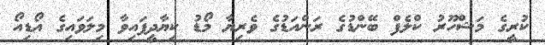
ކުރީގެ މަޝްހޫރު ކްލެފް ބޭންޑުގެ ރަންއަޑުގެ ވެރިޔާ މޯޑު ކިޔާދީފައިވާ މިލަވައިގެ އޯޑިއޯ